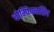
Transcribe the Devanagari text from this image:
चोम्पियनशिप